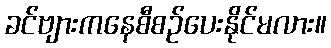
ခင်ဗျားကနေစီစဉ်ပေးနိုင်မလား။